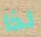
لذا